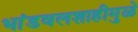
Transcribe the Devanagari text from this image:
भांडवलशाहीमुळे